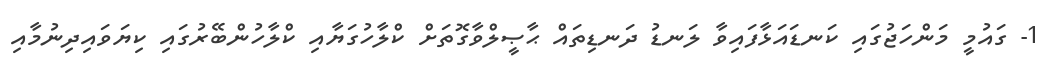
1- ގައުމީ މަންހަޖުގައި ކަނޑައަޅާފައިވާ ލަނޑު ދަނޑިތައް ޙާޞީލްވާގޮތަށް ކްލާހުގަޔާއި ކްލާހުންބޭރުގައި ކިޔަވައިދިނުމާއި